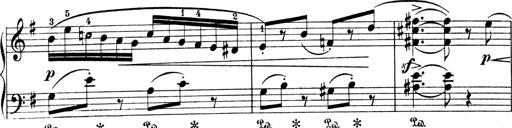
Title: 4 Sonatines
Composer: Max Reger